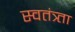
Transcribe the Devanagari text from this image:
स्वतंत्र्ता